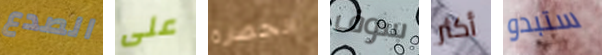
الصدع على الحضارة سوف أكثر ستبدو